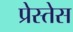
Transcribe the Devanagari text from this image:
प्रेस्तेस